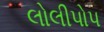
લોલીપોપ